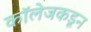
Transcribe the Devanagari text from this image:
कॉलेजकडून